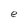
Character: e